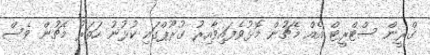
ގްރީން ސްޓްރީޓް އެއް މެޗުން މޮޅުވެފައިވާއިރު ގުރޫޕްގައި ކުޅުނު ހަތަރު މެޗުން ވެސް